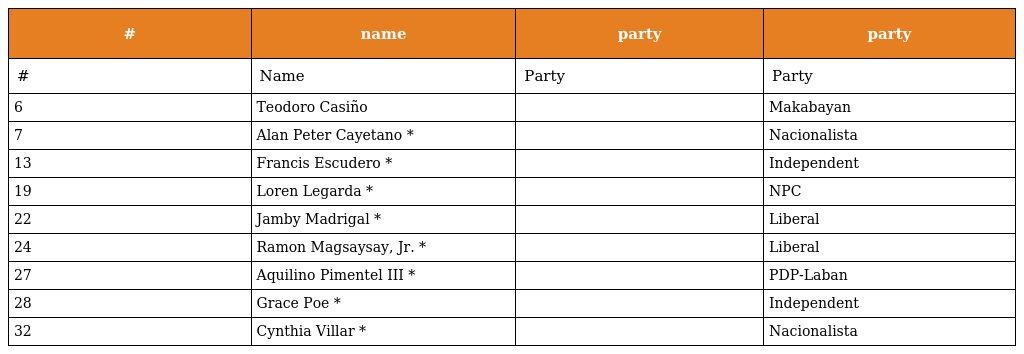
| # | name | party | party |
 | --- | --- | --- | --- |
 | # | Name | Party | Party |
 | 6 | Teodoro Casiño |  | Makabayan |
 | 7 | Alan Peter Cayetano * |  | Nacionalista |
 | 13 | Francis Escudero * |  | Independent |
 | 19 | Loren Legarda * |  | NPC |
 | 22 | Jamby Madrigal * |  | Liberal |
 | 24 | Ramon Magsaysay, Jr. * |  | Liberal |
 | 27 | Aquilino Pimentel III * |  | PDP-Laban |
 | 28 | Grace Poe * |  | Independent |
 | 32 | Cynthia Villar * |  | Nacionalista |